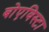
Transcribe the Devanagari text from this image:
बोएविस्टा